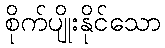
စိုက်ပျိုးနိုင်သော